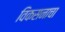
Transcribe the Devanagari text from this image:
विकसनाचा